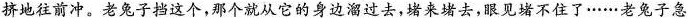
挤地往前冲。老兔子挡这个，那个就从它的身边溜过去，堵来堵去，眼见堵不住了……老兔子急